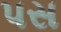
પસ